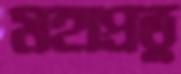
মহাপ্রভু